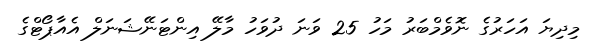
މިދިޔަ އަހަރުގެ ނޮވެމްބަރު މަހު 25 ވަނަ ދުވަހު މާލޭ އިންޓަނޭޝަނަލް އެއާޕޯޓްގެ